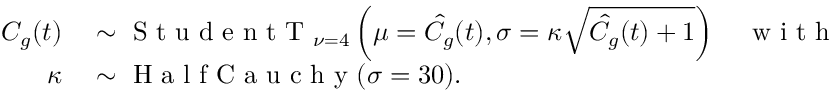
\begin{array} { r l } { C _ { g } ( t ) } & { { } \sim \mathrm { ~ S ~ t ~ u ~ d ~ e ~ n ~ t ~ T ~ } _ { \nu = 4 } \left( \mu = \hat { C } _ { g } ( t ) , \sigma = \kappa \sqrt { \hat { C } _ { g } ( t ) + 1 } \right) \quad \mathrm { ~ w ~ i ~ t ~ h ~ } } \\ { \kappa } & { { } \sim \mathrm { ~ H ~ a ~ l ~ f ~ C ~ a ~ u ~ c ~ h ~ y ~ } ( \sigma = 3 0 ) . } \end{array}